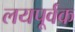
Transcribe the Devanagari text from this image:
लयपूर्वक